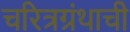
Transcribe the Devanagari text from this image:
चरित्रग्रंथाची